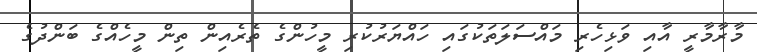
މާރާމާރީ އާއި ވަޅިހެރި މައްސަލަތަކުގައި ހައްޔަރުކުރި މީހުންގެ ތެރެއިން ތިން މީހެއްގެ ބަންދުގެ